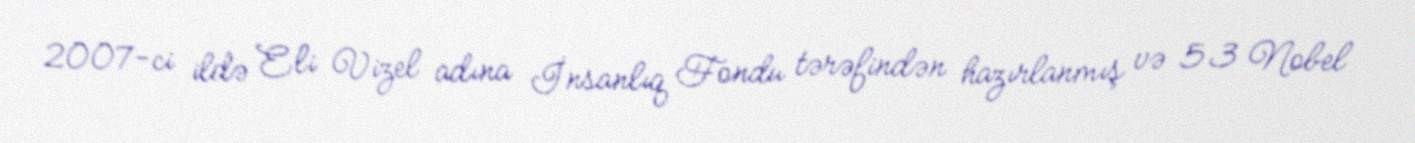
2007-ci ildə Eli Vizel adına İnsanlıq Fondu tərəfindən hazırlanmış və 53 Nobel